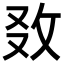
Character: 𢼅